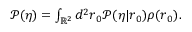
\begin{array} { r } { \mathcal { P } ( \eta ) = \int _ { \mathbb { R } ^ { 2 } } d ^ { 2 } \boldsymbol { r } _ { 0 } \mathcal { P } ( \eta | \boldsymbol { r } _ { 0 } ) \rho ( \boldsymbol { r } _ { 0 } ) . } \end{array}